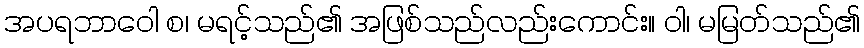
အပရဘာဝေါ စ၊ မရင့်သည်၏ အဖြစ်သည်လည်းကောင်း။ ဝါ၊ မမြတ်သည်၏